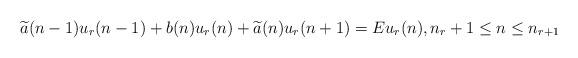
LaTeX: \begin{align*}\widetilde a(n-1)u_r(n-1) + b(n)u_r(n) + \widetilde a(n)u_r(n+1) = E u_r(n), n_r+1 \leq n \leq n_{r+1}\end{align*}